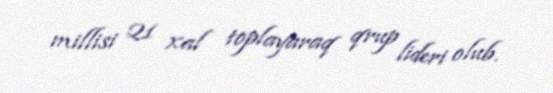
millisi 21 xal toplayaraq qrup lideri olub.